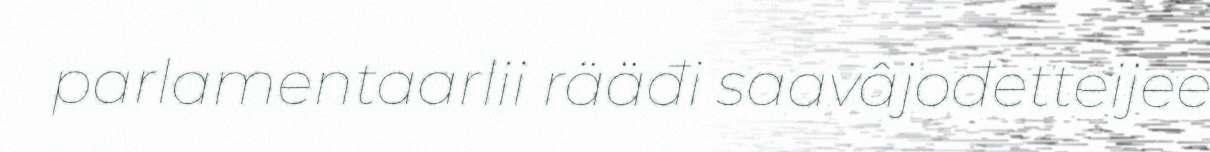
parlamentaarlii rääđi saavâjođetteijee